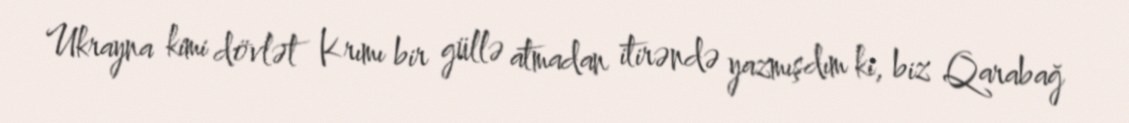
Ukrayna kimi dövlət Krımı bir güllə atmadan itirəndə yazmışdım ki, biz Qarabağ